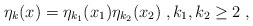
\begin{align*}\eta_k(x) = \eta_{k_1}(x_1) \eta_{k_2}(x_2)\;, k_1, k_2 \geq 2 \;, \end{align*}